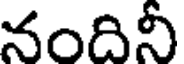
నందినీ